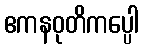
ဧကနဝုတိကပ္ပေါ